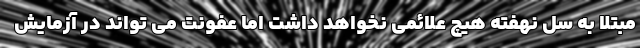
مبتلا به سل نهفته هیچ علائمی نخواهد داشت اما عفونت می تواند در آزمایش